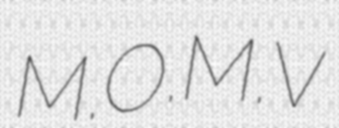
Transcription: M.O.M.V